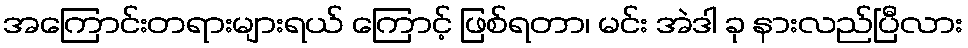
အကြောင်းတရားများရယ် ကြောင့် ဖြစ်ရတာ၊ မင်း အဲဒါ ခု နားလည်ပြီလား